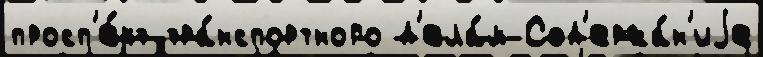
просп'е́кт тра́нспортного д'ела́м Сод'ержа́н'иjе